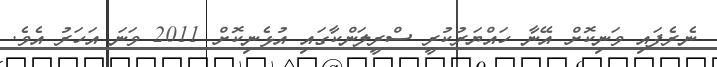
ނެރެފައި ވަނިކޮށް އޭނާ ހައްޔަރުކުރީ ސްރީލަންކާގައި އުޅެނިކޮށް 2011 ވަނަ އަހަރު އެވެ.